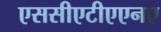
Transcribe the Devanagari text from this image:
एससीएटीएएनए